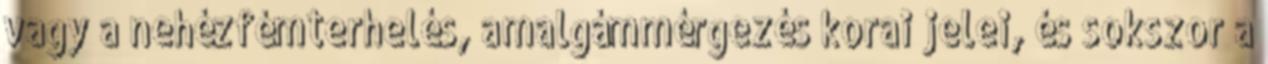
vagy a nehézfémterhelés, amalgámmérgezés korai jelei, és sokszor a